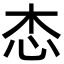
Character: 𢗦